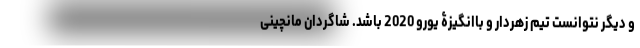
و دیگر نتوانست تیم زهردار و باانگیزۀ یورو 2020 باشد. شاگردان مانچینی